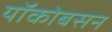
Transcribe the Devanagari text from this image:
यॉकोबसन